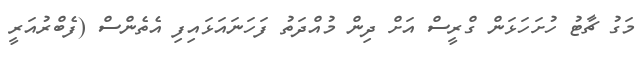
މަގު ޗާޓު ހުށަހަޅަން ގްރީސް އަށް ދިން މުއްދަތު ފަހަނައަޅައިފި އެތެންސް (ފެބްރުއަރީ